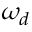
\omega _ { d }